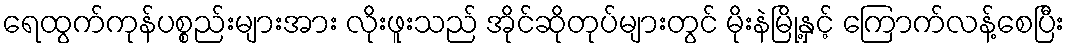
ရေထွက်ကုန်ပစ္စည်းများအား လိုးဖူးသည် အိုင်ဆိုတုပ်များတွင် မိုးနဲမြို့နှင့် ကြောက်လန့်စေပြီး